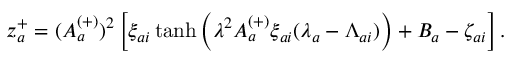
z _ { a } ^ { + } = ( A _ { a } ^ { ( + ) } ) ^ { 2 } \left[ \xi _ { a i } \operatorname { t a n h } \left( \lambda ^ { 2 } A _ { a } ^ { ( + ) } \xi _ { a i } ( \lambda _ { a } - \Lambda _ { a i } ) \right) + B _ { a } - \zeta _ { a i } \right] .